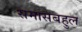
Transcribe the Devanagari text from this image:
समासबहुल